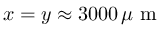
x = y \approx 3 0 0 0 \, \mu \mathrm { ~ m ~ }